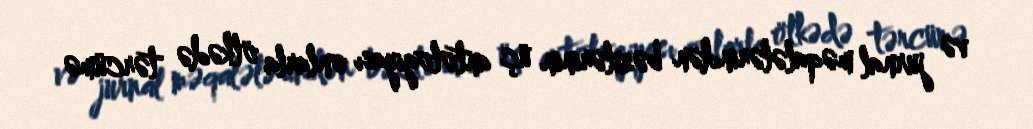
və jurnal məqalələrindən bəzilərinin üç antologiyası onlarla ölkədə tərcümə